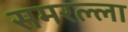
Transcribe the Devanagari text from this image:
समरल्ला